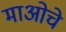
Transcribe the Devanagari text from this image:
माओचे